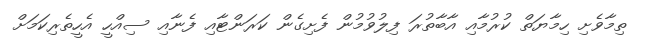
ތިމާވެށި ހިމާޔަތް ކުރުމާއި އާބާތުރަ ފިލުވުމުން ފެށިގެން ކަރަންޓާއި ފެނާއި ސިއްހީ އެހީތެރިކަމަށް